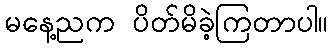
မနေ့ညက ပိတ်မိခဲ့ကြတာပါ။